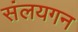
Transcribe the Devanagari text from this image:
संलयगन